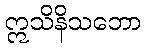
ဣသိနိသဘော